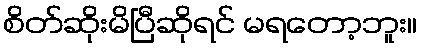
စိတ်ဆိုးမိပြီဆိုရင် မရတော့ဘူး။